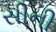
સીની